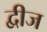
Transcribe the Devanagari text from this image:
द्वीज